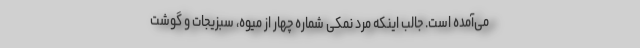
می‌آمده است. جالب اینکه مرد نمکی شماره چهار از میوه، سبزیجات و گوشت